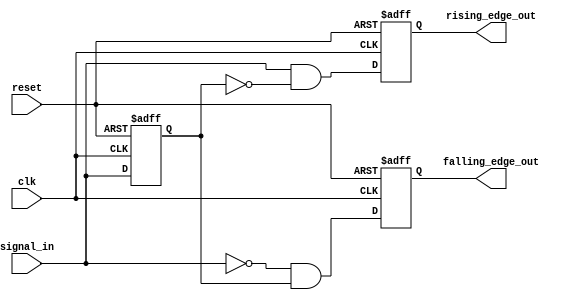
module pulse_edge_detector (
    input wire clk,              // Clock signal
    input wire reset,            // Asynchronous reset
    input wire signal_in,        // Input signal to detect edges
    output reg rising_edge_out,  // Pulse output for rising edge
    output reg falling_edge_out   // Pulse output for falling edge
);

    // State variable to hold the previous state of signal_in
    reg prev_signal_in;

    // Sequential logic to update the previous state and generate pulses
    always @(posedge clk or posedge reset) begin
        if (reset) begin
            // Initialize on reset
            prev_signal_in <= 1'b0; // Assuming low as default state
            rising_edge_out <= 1'b0;
            falling_edge_out <= 1'b0;
        end else begin
            // Edge detection logic
            rising_edge_out <= (signal_in && !prev_signal_in);  // Rising edge detected
            falling_edge_out <= (!signal_in && prev_signal_in); // Falling edge detected
            
            // Update previous state
            prev_signal_in <= signal_in;
        end
    end

endmodule